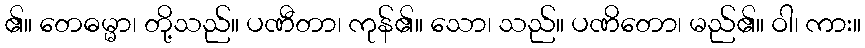
၏။ တေဓမ္မာ၊ တို့သည်။ ပဏီတာ၊ ကုန်၏။ သော၊ သည်။ ပဏိတော၊ မည်၏။ ဝါ၊ ကား။